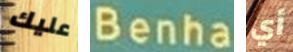
عليك Benha أي